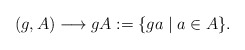
\begin{align*}(g, A)\longrightarrow gA:=\{ga\mid a\in A\}.\end{align*}